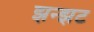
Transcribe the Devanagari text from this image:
झन्झट